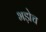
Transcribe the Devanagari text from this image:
भड़ोच